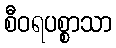
စီဝရပစ္စာသာ